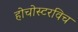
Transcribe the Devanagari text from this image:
होचोस्टरविच